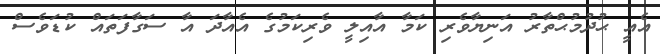
އެއީ ޙުދުމުޙްތާރު އަނިޔާވެރި ކަމާ އާއިލީ ވެރިކަމުގެ އެއާދަ އާ ސަގާފަތައް ކުޑަވެސް